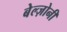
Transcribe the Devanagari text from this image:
बेल्ज़ोनी